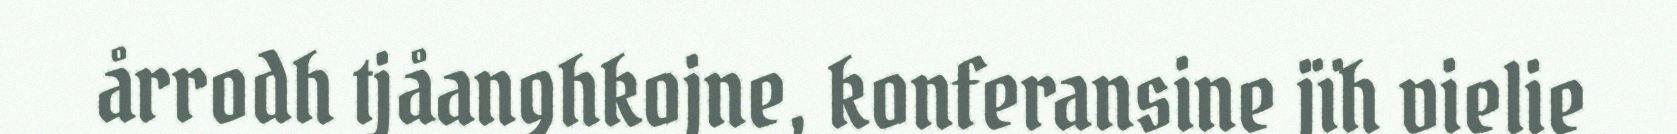
årrodh tjåanghkojne, konferansine jïh vielie